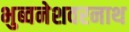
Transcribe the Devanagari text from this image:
भुब्वनेशवरनाथ